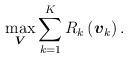
LaTeX: \begin{align*}\max _{\substack{\boldsymbol{V}}} \sum_{k=1}^{K}R_{k}\left(\boldsymbol{v}_{k}\right).\end{align*}